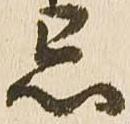
忌